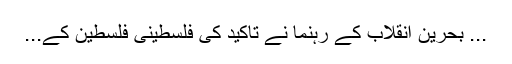
... بحرین انقلاب کے رہنما نے تاکید کی فلسطینی فلسطین کے...